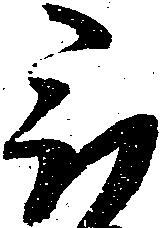
被